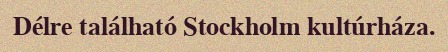
Délre található Stockholm kultúrháza.